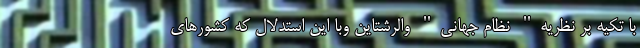
با تكيه بر نظريه" نظام جهاني" والرشتاين وبا اين استدلال كه كشورهاي